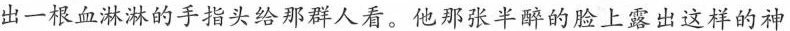
出一根血淋淋的手指头给那群人看。他那张半醉的脸上露出这样的神